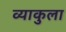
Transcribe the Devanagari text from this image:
व्याकुला